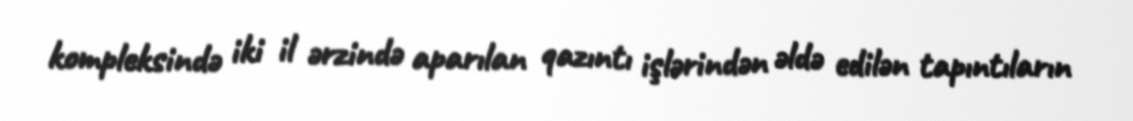
kompleksində iki il ərzində aparılan qazıntı işlərindən əldə edilən tapıntıların